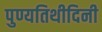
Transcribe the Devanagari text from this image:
पुण्यतिथीदिनी